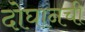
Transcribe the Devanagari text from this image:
दोघानची